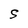
Character: S